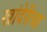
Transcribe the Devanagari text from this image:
खांदेरीचा